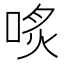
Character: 𠶨